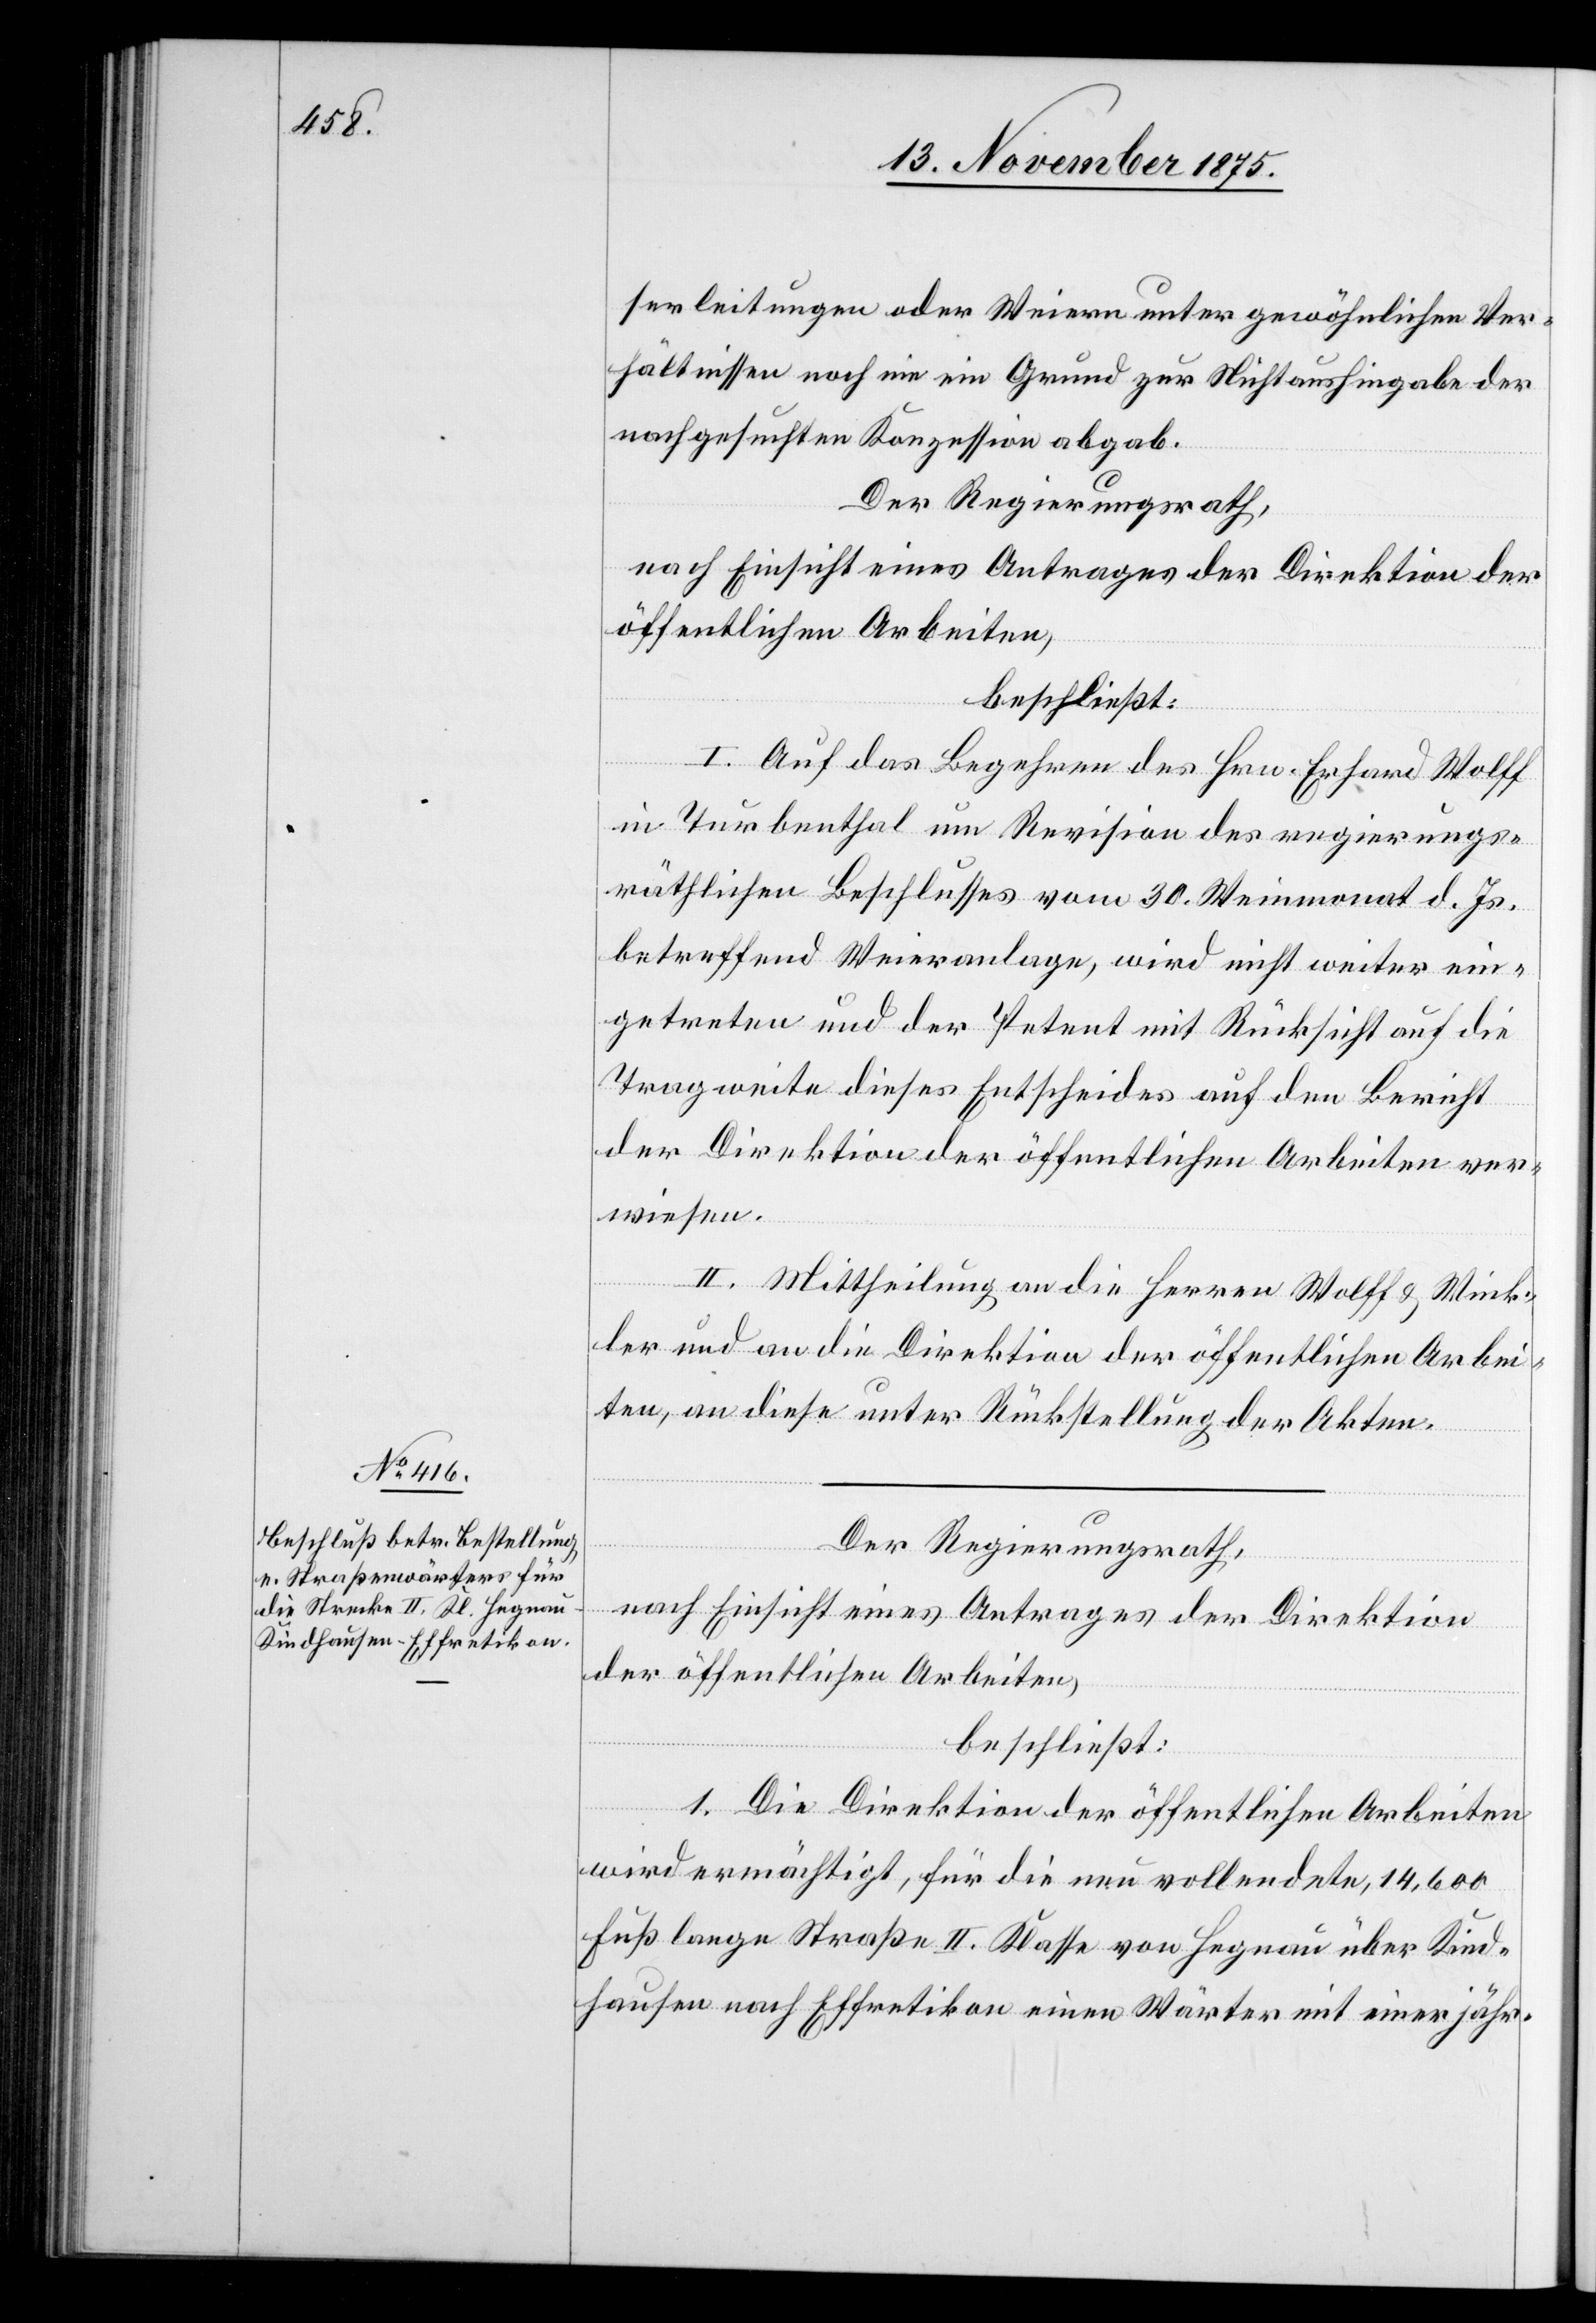
serleitungen oder Weiern unter gewöhnlichen Ver¬
hältnissen noch nie ein Grund zur Nichtaushingabe der
nachgesuchten Konzession abgab.
Der Regierungsrath,
nach Einsicht eines Antrages der Direktion der
öffentlichen Arbeiten,
beschließt:
I. Auf das Begehren des Hrn. Erhard Wolff
in Turbenthal um Revision des regierungs¬
räthlichen Beschlusses vom 20. Weinmonat d. Js.
betreffend Weieranlage, wird nicht weiter ein¬
getreten und der Petent mit Rücksicht auf die
Tragweite dieses Entscheides auf den Bericht
der Direktion der öffentlichen Arbeiten ver¬
wiesen.
II. Mittheilung an die Herren Wolff & Wink¬
ler und an die Direktion der öffentlichen Arbei¬
ten, an diese unter Rückstellung der Akten.
Der Regierungsrath,
nach Einsicht eines Antrages der Direktion
der öffentlichen Arbeiten,
beschließt:
1. Die Direktion der öffentlichen Arbeiten
wird ermächtigt, für die neu vollendete, 14,600
Fuß lange Straße II. Klasse von Hegnau über Kind¬
hausen nach Effretikon einen Wärter mit einer jähr-